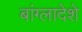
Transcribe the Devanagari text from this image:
बांग्लादेशे